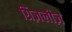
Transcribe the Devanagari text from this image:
ग्रिज़लीज़